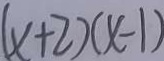
( x + 2 ) ( x - 1 )